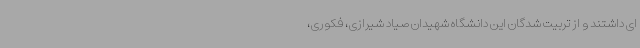
ای داشتند و از تربیت شدگان این دانشگاه شهیدان صیاد شیرازی، فکوری،